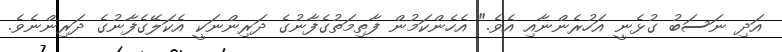
އަދި ނަސަބު ގުޅެނީ އަހުރެންނާއި އެވެ." އެހެންކަމުން ފާތިމަތުގެފާނުގެ ދަރިންނަކީ އެކަލޭގެފާނުގެ ދަރިންނެވެ.